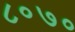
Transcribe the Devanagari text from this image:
८०७०